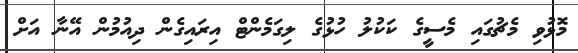
މޮޅުވި މެޗުގައި މެސީގެ ކަކުލު ހުޅުގެ ލިގަމެންޓް އިރައިގެން ދިއުމުން އޭނާ އަށް